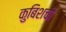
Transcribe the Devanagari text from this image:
कुबिशची